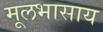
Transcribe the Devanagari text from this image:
मूलभासाय